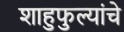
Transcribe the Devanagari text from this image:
शाहुफुल्यांचे